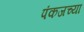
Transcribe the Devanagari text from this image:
पंकजच्या